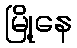
မြို့နေ